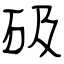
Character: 砐